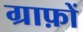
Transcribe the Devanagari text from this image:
ग्राफ़ों